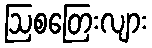
ဩစတြေးလျား